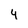
Character: 4